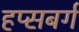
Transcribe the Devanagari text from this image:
हप्सबर्ग